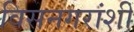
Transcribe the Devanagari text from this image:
विसनगरांशीं